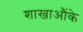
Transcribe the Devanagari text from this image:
शाखाऔंके